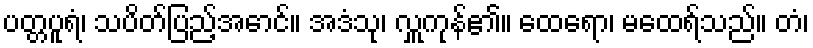
ပတ္တပူရံ၊ သပိတ်ပြည့်အောင်။ အဒံသု၊ လှူကုန်၏။ ထေရော၊ မထေရ်သည်။ တံ၊